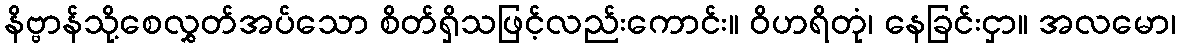
နိဗ္ဗာန်သို့စေလွှတ်အပ်သော စိတ်ရှိသဖြင့်လည်းကောင်း။ ဝိဟရိတုံ၊ နေခြင်းငှာ။ အလမော၊